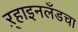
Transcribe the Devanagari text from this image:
ऱ्हाइनलँडचा